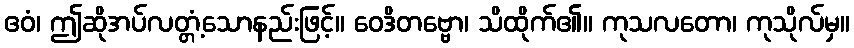
ဧဝံ၊ ဤဆိုအပ်လတ္တံ့သောနည်းဖြင့်။ ဝေဒိတဗ္ဗော၊ သိထိုက်၏။ ကုသလတော၊ ကုသိုလ်မှ။